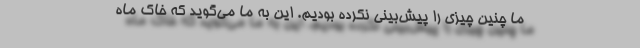
ما چنین چیزی را پیش‌بینی نکرده بودیم. این به ما می‌گوید که خاک ماه